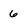
Character: 6